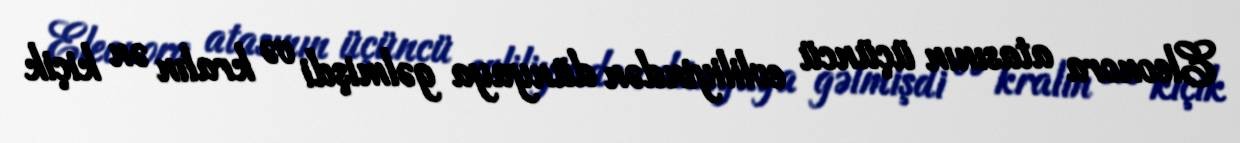
Eleonora atasının üçüncü evliliyindən dünyaya gəlmişdi və kralın ən kiçik